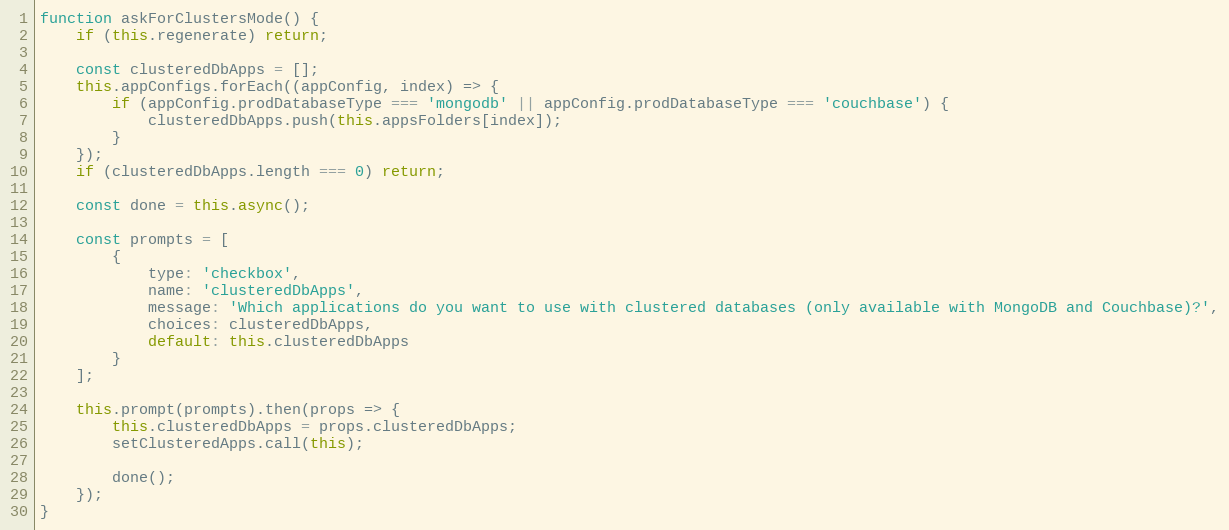
Language: JavaScript
function askForClustersMode() {
    if (this.regenerate) return;

    const clusteredDbApps = [];
    this.appConfigs.forEach((appConfig, index) => {
        if (appConfig.prodDatabaseType === 'mongodb' || appConfig.prodDatabaseType === 'couchbase') {
            clusteredDbApps.push(this.appsFolders[index]);
        }
    });
    if (clusteredDbApps.length === 0) return;

    const done = this.async();

    const prompts = [
        {
            type: 'checkbox',
            name: 'clusteredDbApps',
            message: 'Which applications do you want to use with clustered databases (only available with MongoDB and Couchbase)?',
            choices: clusteredDbApps,
            default: this.clusteredDbApps
        }
    ];

    this.prompt(prompts).then(props => {
        this.clusteredDbApps = props.clusteredDbApps;
        setClusteredApps.call(this);

        done();
    });
}